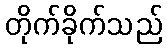
တိုက်ခိုက်သည်